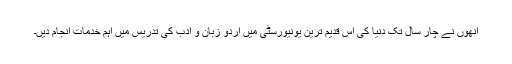
انھوں نے چار سال تک دنیا کی اس قدیم ترین یونیورسٹی میں اردو زبان و ادب کی تدریس میں اہم خدمات انجام دیں۔